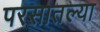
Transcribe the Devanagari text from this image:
परसातल्या